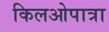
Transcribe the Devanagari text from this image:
किलओपात्रा